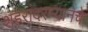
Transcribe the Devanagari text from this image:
शहरांदरम्यानचे